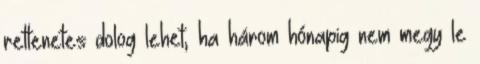
rettenetes dolog lehet, ha három hónapig nem megy le